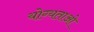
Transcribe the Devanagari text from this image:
योग्यताओ